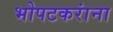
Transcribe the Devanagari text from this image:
भोपटकरांना